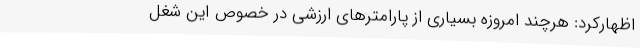
اظهارکرد: هرچند امروزه بسیاری از پارامترهای ارزشی در خصوص این شغل